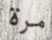
مرة